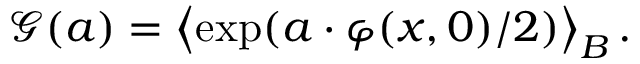
\mathcal { G } ( a ) = \left\langle \exp ( a \cdot \varphi ( x , 0 ) / 2 ) \right\rangle _ { B } .